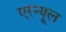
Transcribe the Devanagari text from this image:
एरन्‍यूल